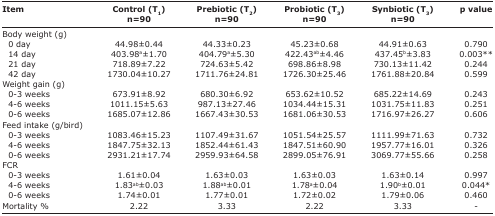
<table><thead><tr><td><b>Item</b></td><td><b>Control (T<sub>1</sub>) n=90</b></td><td><b>Prebiotic (T<sub>2</sub>) n=90</b></td><td><b>Probiotic (T<sub>3</sub>) n=90</b></td><td><b>Synbiotic (T<sub>3</sub>) n=90</b></td><td><b>p value</b></td></tr></thead><tbody><tr><td>Body weight (g)</td><td></td><td></td><td></td><td></td><td></td></tr><tr><td> 0 day</td><td>44.98±0.44</td><td>44.33±0.23</td><td>45.23±0.68</td><td>44.91±0.63</td><td>0.790</td></tr><tr><td> 14 day</td><td>403.98<sup>a</sup>±1.70</td><td>404.79<sup>a</sup>±5.30</td><td>422.43<sup>ab</sup>±4.46</td><td>437.45<sup>b</sup>±3.83</td><td>0.003**</td></tr><tr><td> 21 day</td><td>718.89±7.22</td><td>724.63±5.42</td><td>698.86±8.98</td><td>730.13±11.42</td><td>0.244</td></tr><tr><td> 42 day</td><td>1730.04±10.27</td><td>1711.76±24.81</td><td>1726.30±25.46</td><td>1761.88±20.84</td><td>0.599</td></tr><tr><td>Weight gain (g)</td><td></td><td></td><td></td><td></td><td></td></tr><tr><td> 0-3 weeks</td><td>673.91±8.92</td><td>680.30±6.92</td><td>653.62±10.52</td><td>685.22±14.69</td><td>0.243</td></tr><tr><td> 4-6 weeks</td><td>1011.15±5.63</td><td>987.13±27.46</td><td>1034.44±15.31</td><td>1031.75±11.83</td><td>0.251</td></tr><tr><td> 0-6 weeks</td><td>1685.07±12.86</td><td>1667.43±30.53</td><td>1681.06±30.53</td><td>1716.97±26.27</td><td>0.606</td></tr><tr><td>Feed intake (g/bird)</td><td></td><td></td><td></td><td></td><td></td></tr><tr><td> 0-3 weeks</td><td>1083.46±15.23</td><td>1107.49±31.67</td><td>1051.54±25.57</td><td>1111.99±71.63</td><td>0.732</td></tr><tr><td> 4-6 weeks</td><td>1847.75±32.13</td><td>1852.44±61.43</td><td>1847.51±60.90</td><td>1957.77±16.01</td><td>0.326</td></tr><tr><td> 0-6 weeks</td><td>2931.21±17.74</td><td>2959.93±64.58</td><td>2899.05±76.91</td><td>3069.77±55.66</td><td>0.258</td></tr><tr><td>FCR</td><td></td><td></td><td></td><td></td><td></td></tr><tr><td> 0-3 weeks</td><td>1.61±0.04</td><td>1.63±0.03</td><td>1.63±0.03</td><td>1.63±0.14</td><td>0.997</td></tr><tr><td> 4-6 weeks</td><td>1.83<sup>ab</sup>±0.03</td><td>1.88<sup>ab</sup>±0.01</td><td>1.78<sup>a</sup>±0.04</td><td>1.90<sup>b</sup>±0.01</td><td>0.044*</td></tr><tr><td> 0-6 weeks</td><td>1.74±0.01</td><td>1.77±0.01</td><td>1.72±0.02</td><td>1.79±0.06</td><td>0.460</td></tr><tr><td> Mortality %</td><td>2.22</td><td>3.33</td><td>2.22</td><td>3.33</td><td>-</td></tr></tbody></table>